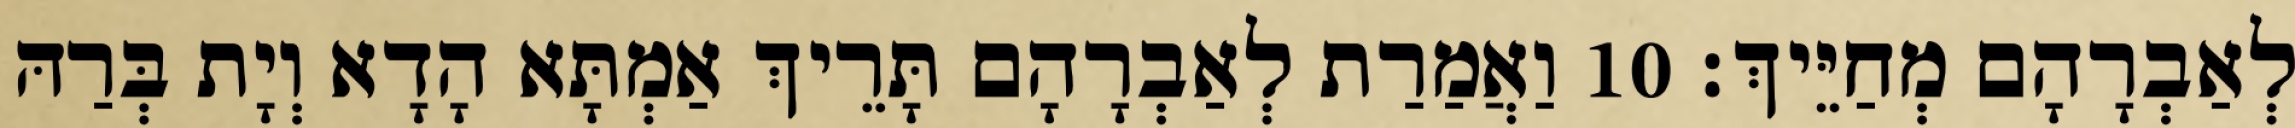
לְאַבְרָהָם מְחַיֵּיךְ׃ 10 וַאֲמַרַת לְאַבְרָהָם תָּרֵיךְ אַמְתָּא הָדָא וְיָת בְּרַהּ